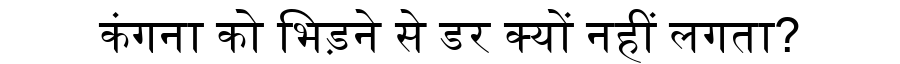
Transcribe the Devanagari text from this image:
कंगना को भिड़ने से डर क्यों नहीं लगता?